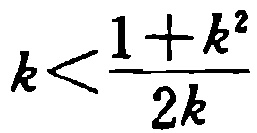
\(k<\frac{1 + k^{2}}{2k}\)